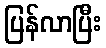
ပြန်လာပြီး